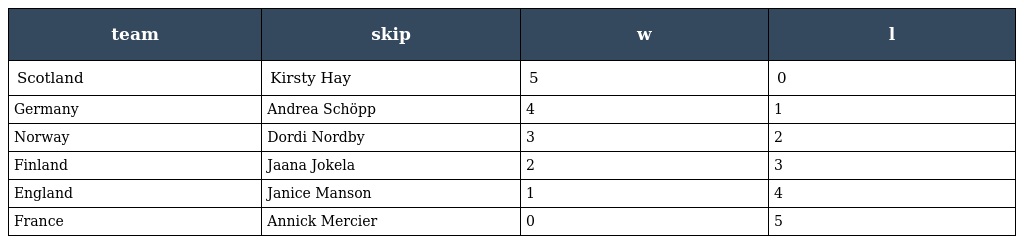
| team | skip | w | l |
 | --- | --- | --- | --- |
 | Scotland | Kirsty Hay | 5 | 0 |
 | Germany | Andrea Schöpp | 4 | 1 |
 | Norway | Dordi Nordby | 3 | 2 |
 | Finland | Jaana Jokela | 2 | 3 |
 | England | Janice Manson | 1 | 4 |
 | France | Annick Mercier | 0 | 5 |